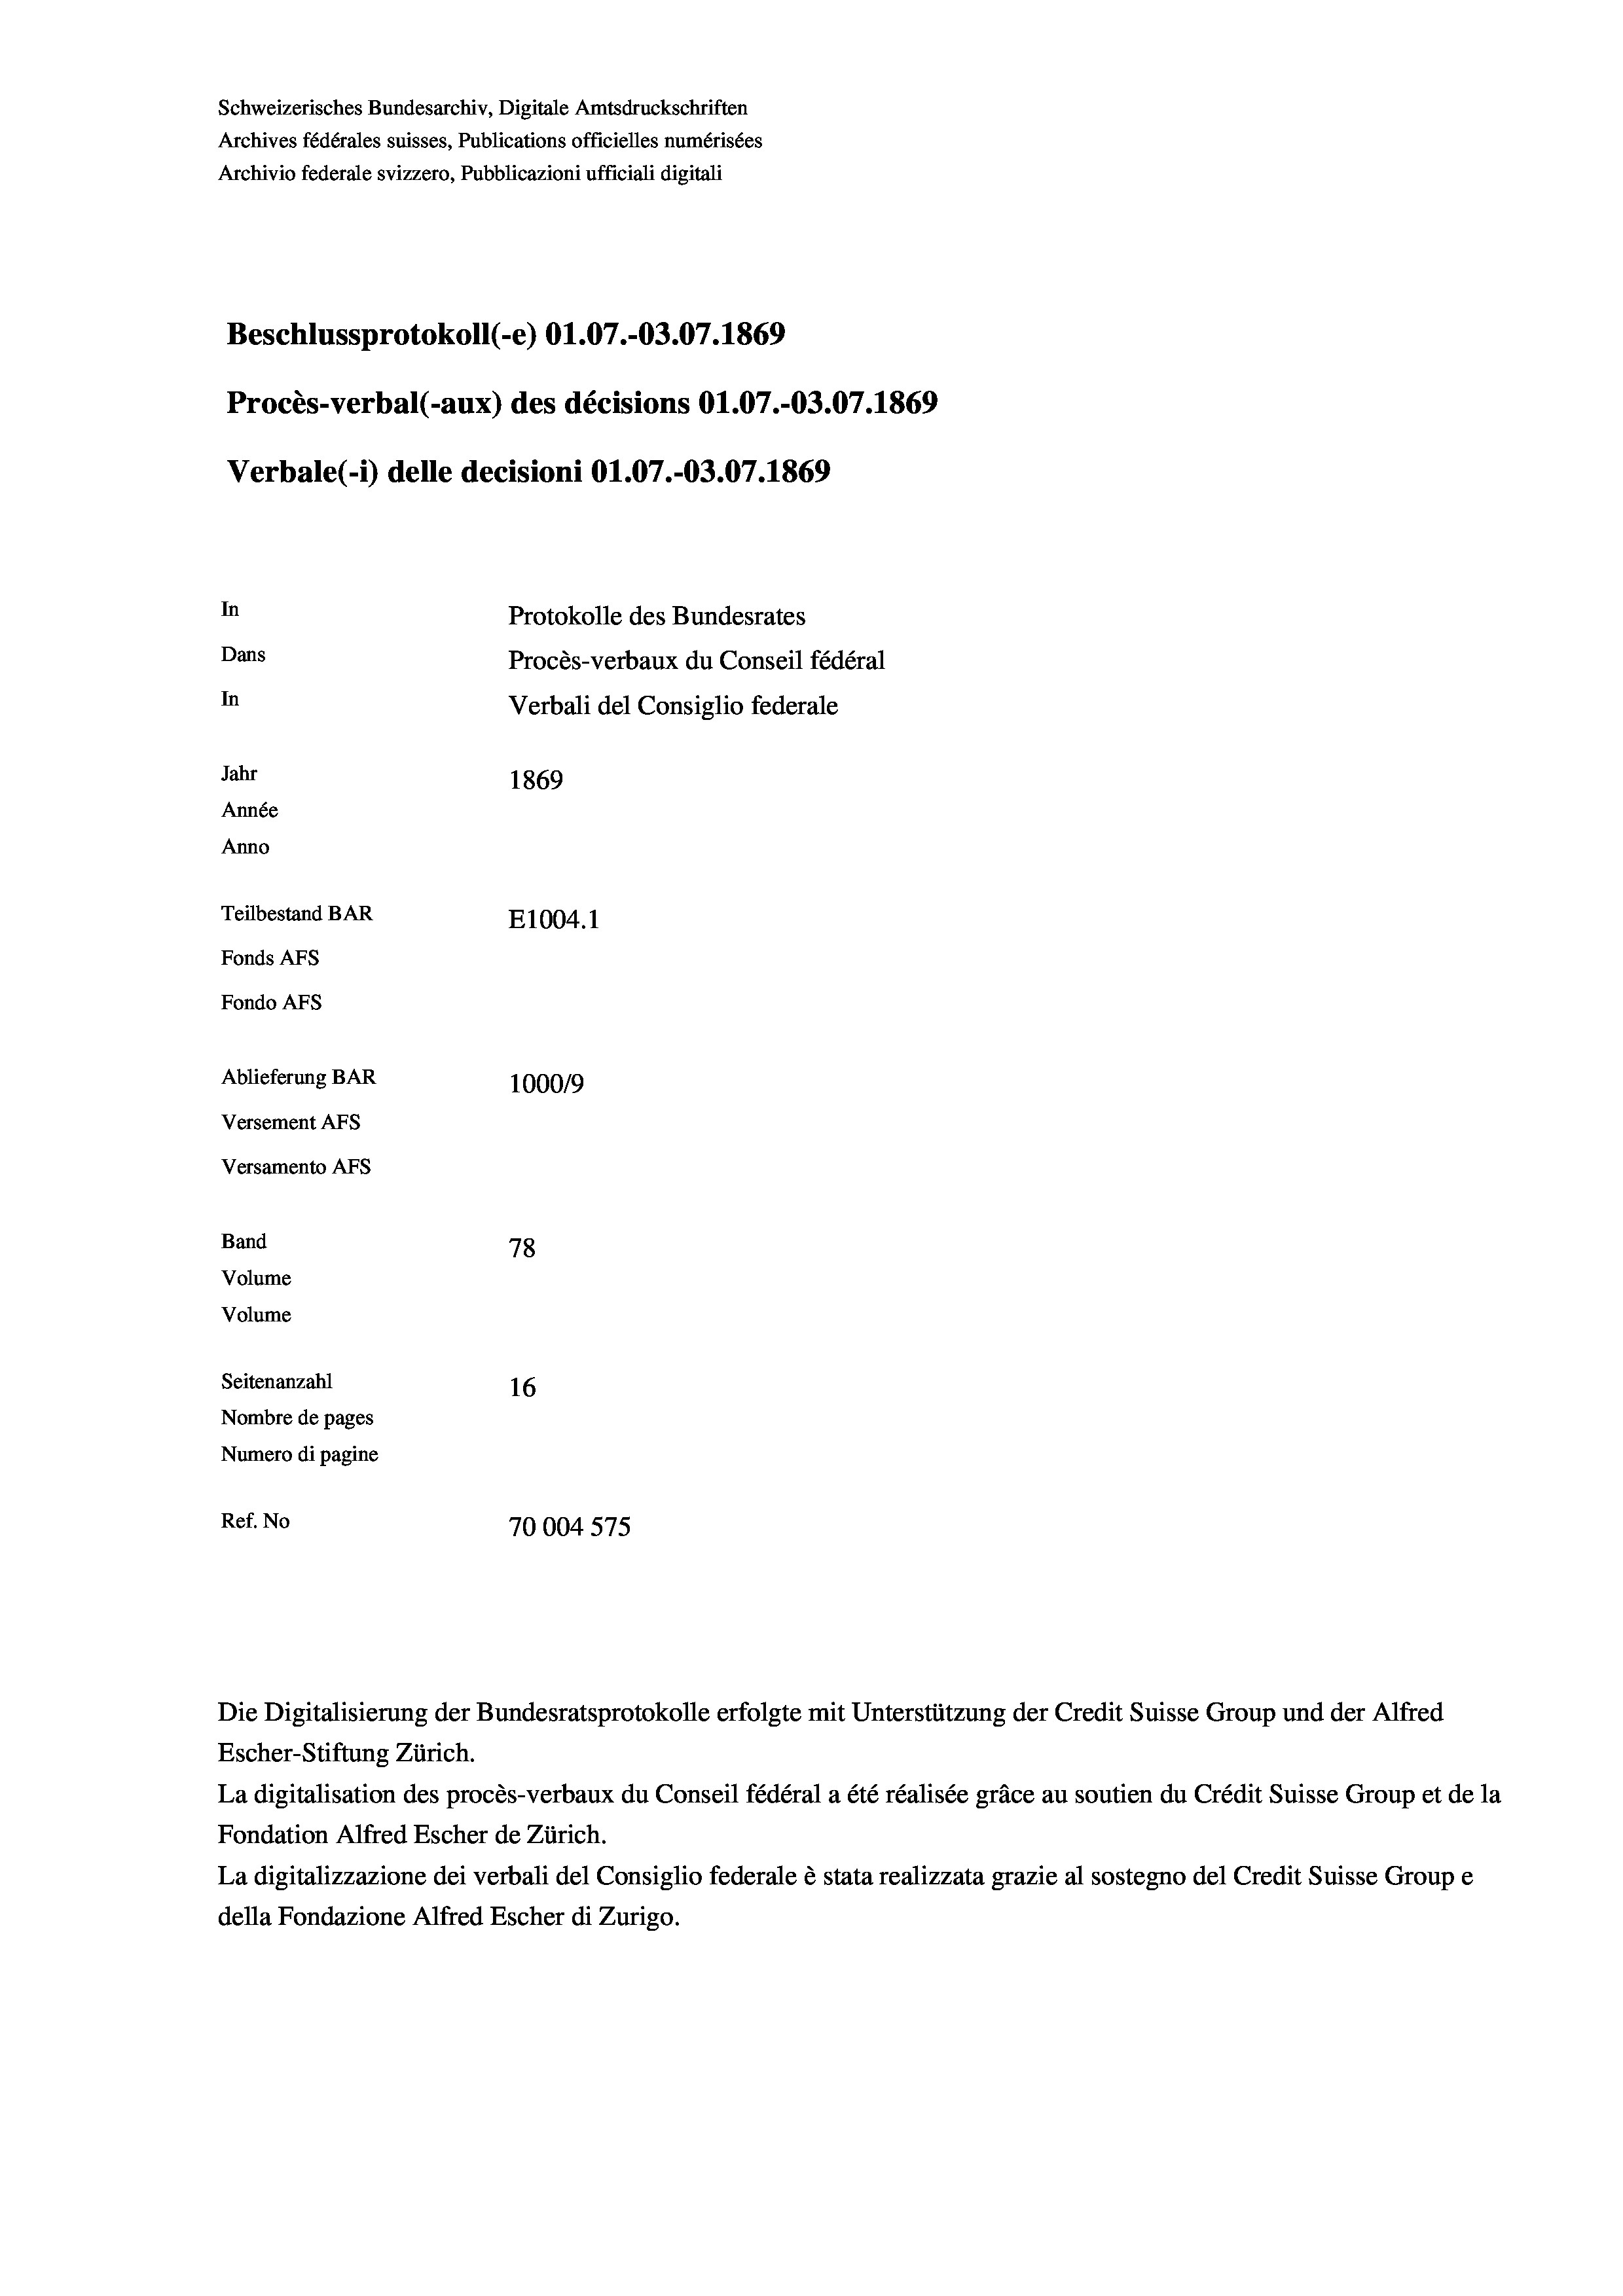
Schweizerisches Bundesarchiv, Digitale Amtsdruckschriften
Archives fédérales suisses, Publications officielles numérisées
Archivio federale svizzero, Pubblicazioni ufficiali digitali

In

Ablieferung BAR
Versement AFs
Versamento AFs
Band
Volume
Volume
Seitenanzahl

Procès-verbal (-aux) des décisions O1.07.-03.07. 1869
Protokolle des Bundesrates
Dans
Procès-verbaux du Conseil fédéral
In
Verbali del Consiglio federale
Jahr
1869
Année
Anno
Teilbestand BAR
E1004.1
Fonds AFs
Fondo AFS

Verbale(-*) delle decisioni O1.07.-03.07. 1869

Beschlussprotokoll (-e) O1.07.-O3.07. 1869

100019
78
16
Nombre de pages
Numero di pagine
Ref. No
70004 575

Die Digitalisierung der Bundesratsprotokolle erfolgte mit Unterstützung der Credit Suisse Group und der Alfred
Escher-Stiftung Zürich.
La digitalisation des procès-verbaux du Conseil fédéral a été réalisée gräce au soutien du Crédit Suisse Group et de la
Fondation Alfred Escher de Zürich.
La digitalizzazione dei verbali del Consiglio federale è stata realizzata grazie al sostegno del Credit Suisse Groupe
della Fondazione Alfred Escher di Zurigo.